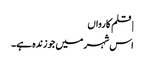
| قلم کارواں
اس شہر میں جو زندہ ہے۔